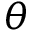
\theta